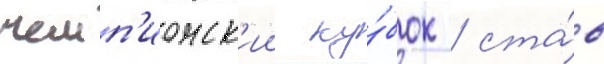
чемп'ионск'ии ку́бок / ста́в